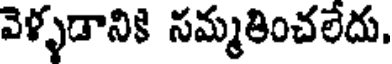
వెళ్ళడానికి సమ్మతించలేదు.